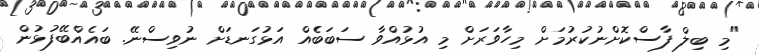
"މި ބިލް ފާސްކޮށްނުކުރުމަށް މިހާވަރަށް މި އުޅުއްވާ ސަބަބެެއް އަޅުގަނޑަށް ނުވިސްނޭ. ބައެއްބޭފުޅުން